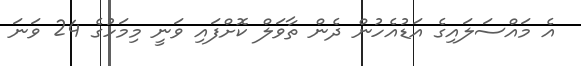
އެ މައްސަލައިގެ އަޑުއެހުން ދެން ތާވަލް ކޮށްފައި ވަނީ މިމަހުގެ 24 ވަނަ